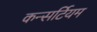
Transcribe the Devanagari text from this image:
कन्सर्टियम